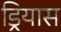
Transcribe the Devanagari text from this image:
ड्रियास